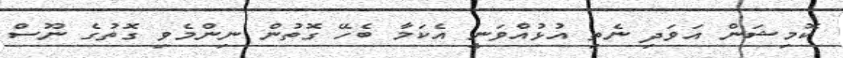
ކޮމިޝަން އަވަދި ނެތި އުޅުއްވަނީ އެކަމާ ބެހޭ ގޮތުން ނިންމެވި ގޮތުގެ ނޫސް